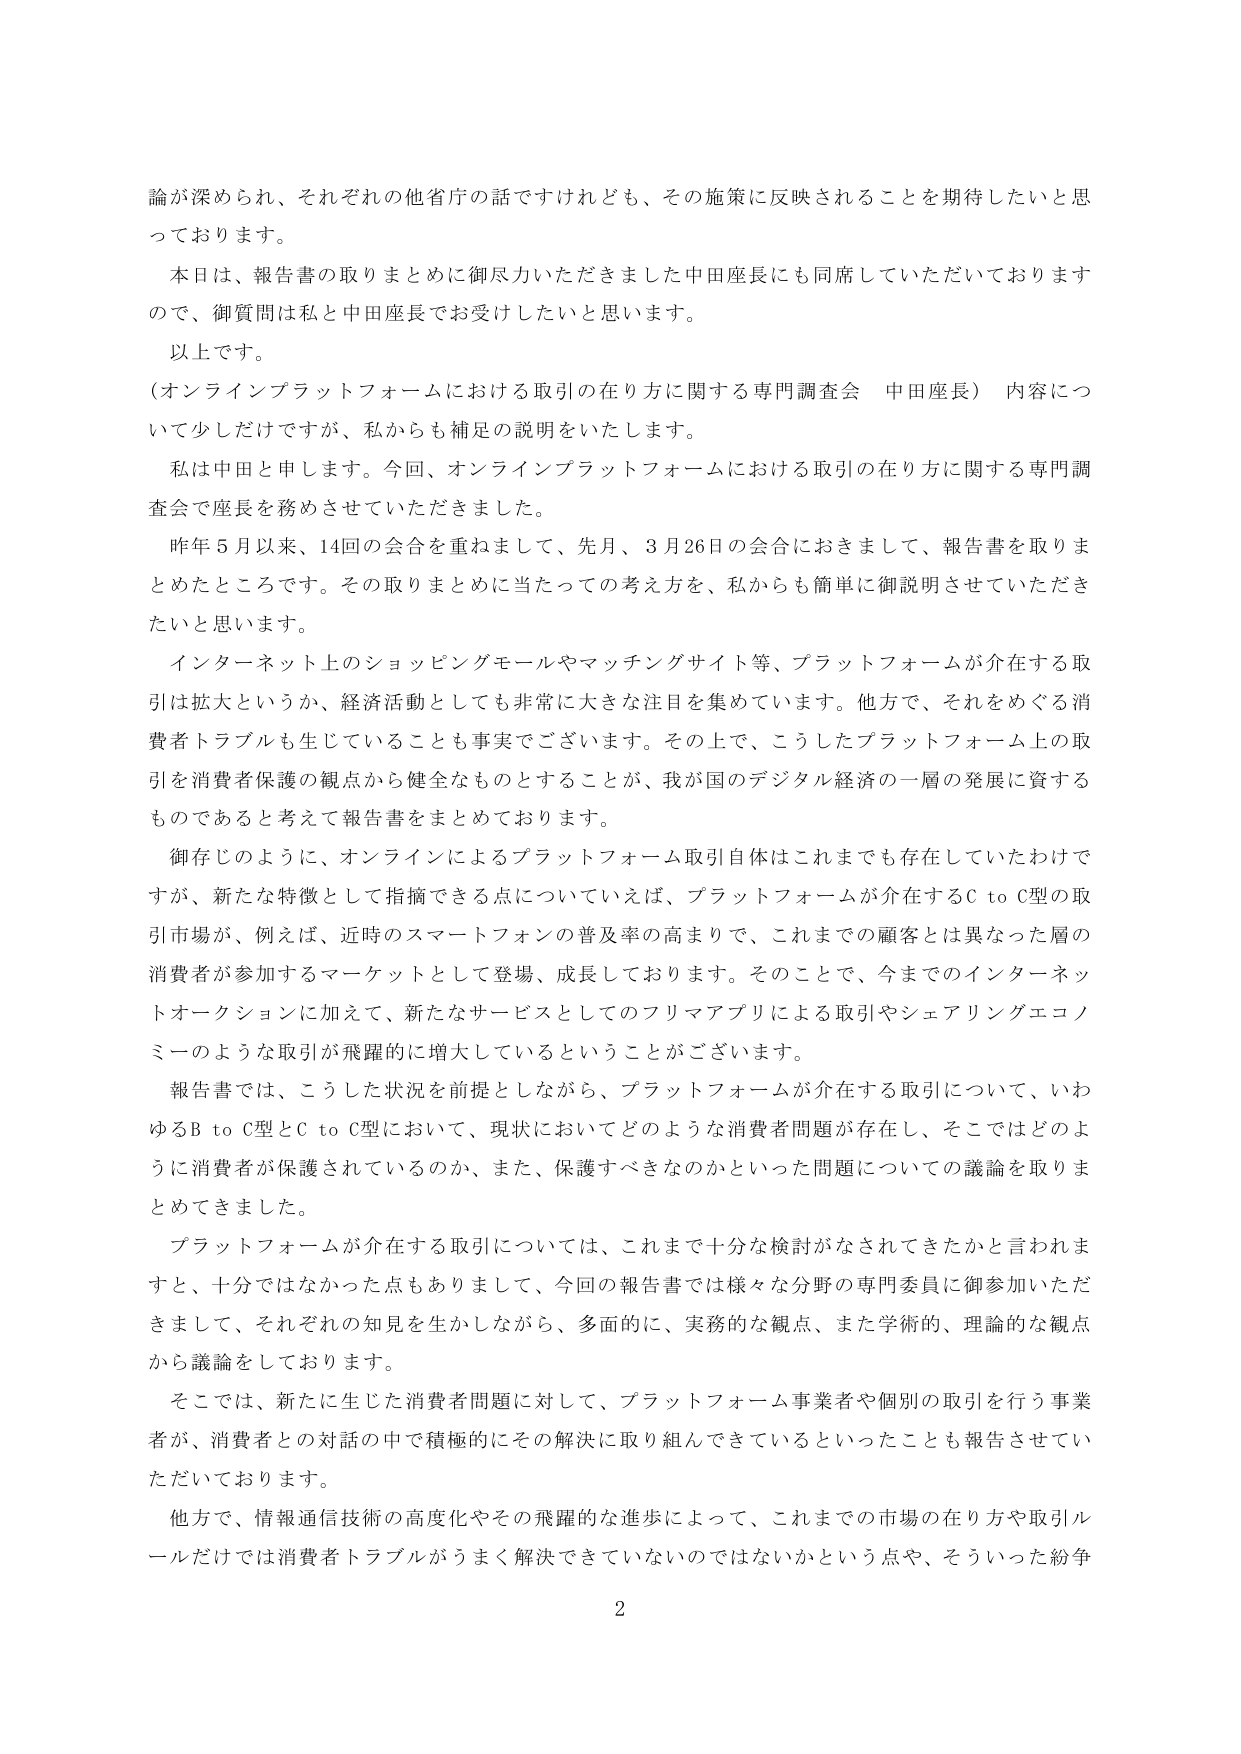
論が深められ、それぞれの他省庁の話ですけれども、その施策に反映されることを期待したいと思っております。

本日は、報告書の取りまとめに御尽力いただきました中田座長にも同席していただいておりますので、御質問は私と中田座長でお受けしたいと思います。

以上です。

（オンラインプラットフォームにおける取引の在り方に関する専門調査会　中田座長）内容について少しだけですが、私からも補足の説明をいたします。

私は中田と申します。今回、オンラインプラットフォームにおける取引の在り方に関する専門調査会で座長を務めさせていただきました。

昨年５月以来、14回の会合を重ねまして、先月、3月26日の会合におきまして、報告書を取りまとめたところです。その取りまとめに当たっての考え方を、私からも簡単に御説明させていただきたいと思います。

インターネット上のショッピングモールやマッチングサイト等、プラットフォームが介在する取引は拡大というか、経済活動としても非常に大きな注目を集めています。他方で、それをめぐる消費者トラブルも生じていることも事実でございます。その上で、こうしたプラットフォーム上の取引を消費者保護の観点から健全なものとすることが、我が国のデジタル経済の一層の発展に資するものであると考えて報告書をまとめております。

御存じのように、オンラインによるプラットフォーム取引自体はこれまでも存在していたわけですが、新たな特徴として指摘できる点についていえば、プラットフォームが介在するC to C型の取引市場が、例えば、近時のスマートフォンの普及率の高まりで、これまでの顧客とは異なった層の消費者が参加するマーケットとして登場、成長しております。そのことで、今までのインターネットオークションに加えて、新たなサービスとしてのフリマアプリによる取引やシェアリングエコノミーのような取引が飛躍的に増大しているということがございます。

報告書では、こうした状況を前提としながら、プラットフォームが介在する取引について、いわゆるB to C型とC to C型において、現状においてどのような消費者問題が存在し、そこではどのように消費者が保護されているのか、また、保護すべきなのかといった問題についての議論を取りまとめできました。

プラットフォームが介在する取引については、これまで十分な検討がなされてきたかと言われますと、十分ではなかった点もありまして、今回の報告書では様々な分野の専門委員に御参加いただきまして、それぞれの知見を生かしながら、多面的に、実務的な観点、また学術的、理論的な観点から議論しております。

そこでは、新たに生じた消費者問題に対して、プラットフォーム事業者や個別の取引を行う事業者が、消費者との対話の中で積極的にその解決に取り組んできているといったことも報告させていただいております。

他方で、情報通信技術の高度化やその飛躍的な進歩によって、これまでの市場の在り方や取引ルールだけでは消費者トラブルがうまく解決できていないのではないかという点や、そういった紛争

2